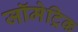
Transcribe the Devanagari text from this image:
जॉमेट्रिक